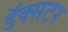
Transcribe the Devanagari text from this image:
डॅक्सटर